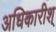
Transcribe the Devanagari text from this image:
अधिकारीश्